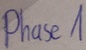
Text: Phase1